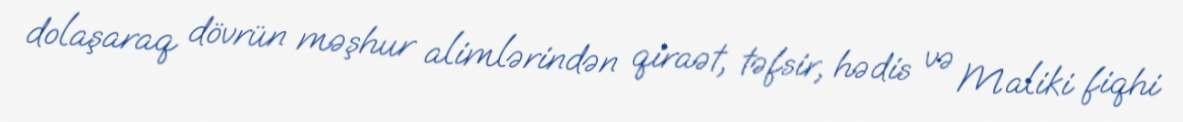
dolaşaraq dövrün məşhur alimlərindən qiraət, təfsir, hədis və Maliki fiqhi